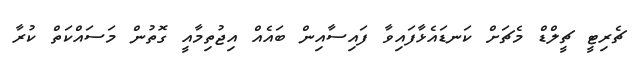
ޗެރިޓީ ޗީލްޑް މެޗަށް ކަނޑައެޅާފައިވާ ފައިސާއިން ބައެއް އިޖުތިމާއީ ގޮތުން މަސައްކަތް ކުރާ